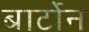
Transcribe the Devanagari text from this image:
बार्टोन